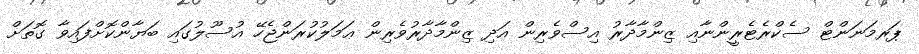
ޕަރމަނަންޓް ސެކްރެޓެރީންނާއި ޒިންމާދާރު އިސްވެރިން އަދި ޒިންމާދާރުވެރިން ޢަމަލުކުރަންޖެހޭ އުސޫލުގައި ބަޔާންކޮށްފައިވާ ގޮތަށް